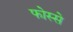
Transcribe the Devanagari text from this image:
फोस्से